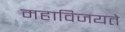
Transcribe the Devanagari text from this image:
महाविजयते